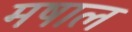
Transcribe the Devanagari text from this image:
मषाल